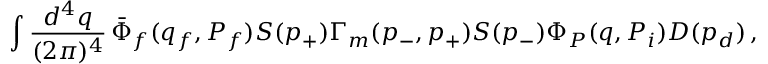
\int \frac { d ^ { 4 } q } { ( 2 \pi ) ^ { 4 } } \, \bar { \Phi } _ { f } ( q _ { f } , P _ { f } ) S ( p _ { + } ) \Gamma _ { m } ( p _ { - } , p _ { + } ) S ( p _ { - } ) \Phi _ { P } ( q , P _ { i } ) D ( p _ { d } ) \, ,